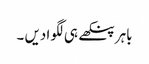
باہر پنکھے ہی لگوا دیں ۔